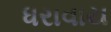
ધરાવાય